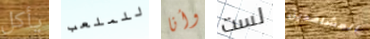
يأكل للملعب وأنا لست المشاهدين